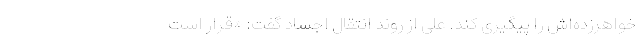
خواهرزده‌اش را پیگیری کند. علی از روند انتقال اجساد گفت: «قرار است